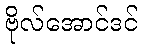
ဗိုလ်အောင်ဒင်